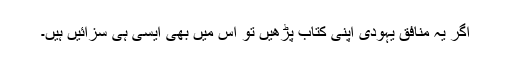
اگر یہ منافق یہودی اپنی کتاب پڑھیں تو اس میں بھی ایسی ہی سزائیں ہیں۔